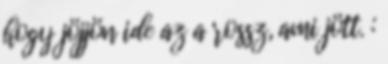
hogy jöjjön ide az a rossz, ami jött. :